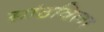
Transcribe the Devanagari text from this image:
सांठविला